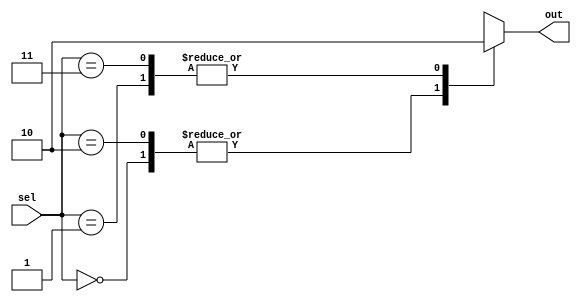
module unique_case_statement(
    input [1:0] sel,
    output reg out
);

always @(*)
begin
    case(sel)
        2'b00: out = 1; // Case option 1
        2'b01: out = 0; // Case option 2
        2'b10: out = 1; // Case option 3
        2'b11: out = 0; // Case option 4
        default: out = 0; // Default case
    endcase
end

endmodule